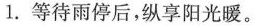
1.等待雨停后,纵享阳光暖。